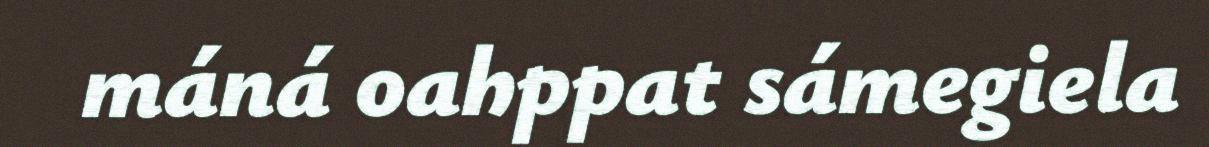
máná oahppat sámegiela